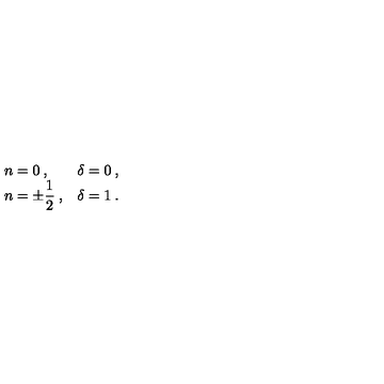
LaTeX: \begin{array} { l l } { n = 0 \: , } & { \delta = 0 \: , } \\ { n = \pm \displaystyle \frac { 1 } { 2 } \: , } & { \delta = 1 \: . } \\ \end{array}